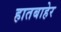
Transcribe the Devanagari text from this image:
हातबाहेर